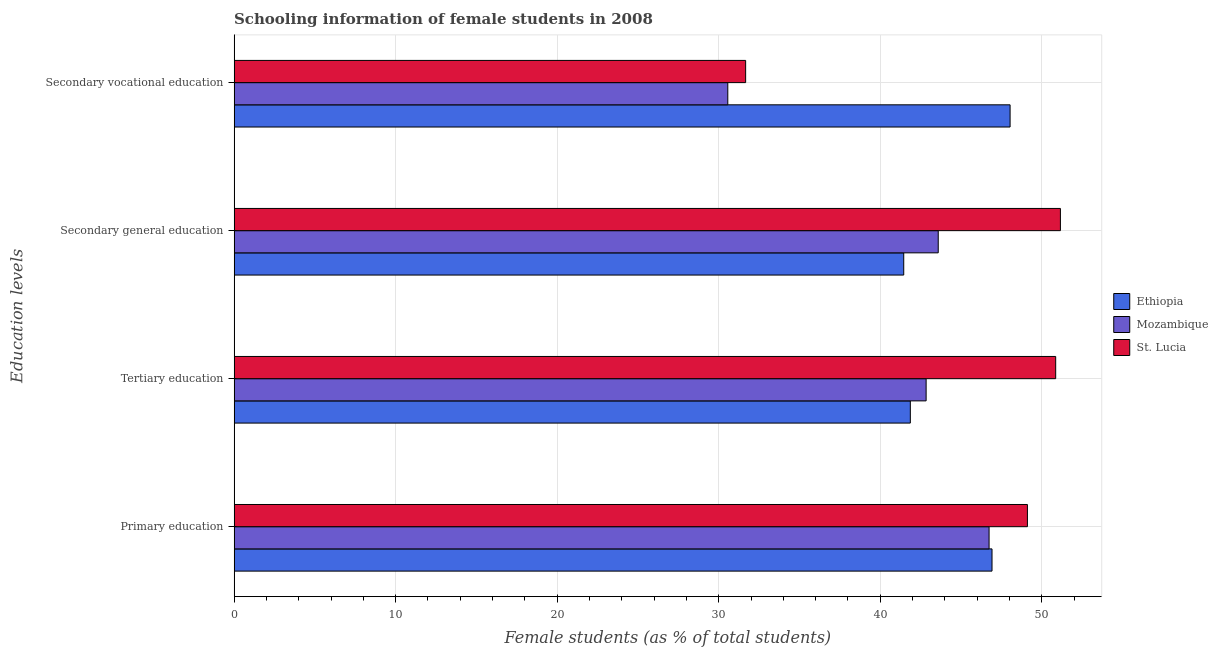
| Education levels | Ethiopia | Mozambique | St. Lucia |
 | --- | --- | --- | --- |
 | Primary education | 46.9 | 46.7 | 49.1 |
 | Tertiary education | 41.9 | 42.8 | 50.9 |
 | Secondary general education | 41.5 | 43.6 | 51.2 |
 | Secondary vocational education | 48 | 30.6 | 31.7 |